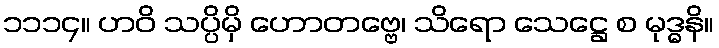
၁၁၁၄။ ဟဝိ သပ္ပိမှိ ဟောတဗ္ဗေ၊ သိရော သေဋ္ဌေ စ မုဒ္ဓနိ။